画像に写った文字を読んでください
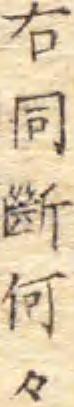
「右同斷何々」と書いてあります